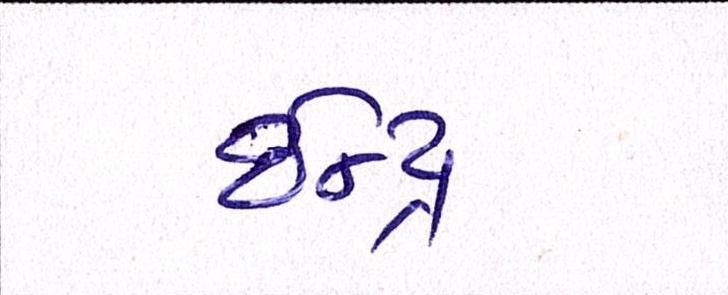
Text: ઈન્દ્ર